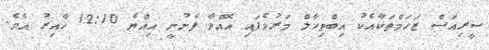
ސީރިއަސް ޒަހަމްތަކާއެކު އިބްތިހާލް މަރުވެފައި އޮއްވާ ފެނުނީ އިއްޔެ 12:10 ހާއިރު އެެވެ.